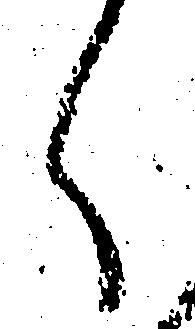
く